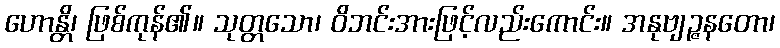
ဟောန္တိ၊ ဖြစ်ကုန်၏။ သုတ္တသော၊ ဝိဘင်းအားဖြင့်လည်းကောင်း။ အနုဗျဉ္ဇနတော၊